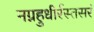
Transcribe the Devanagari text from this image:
नग्नहुधीर्रस्तसरं